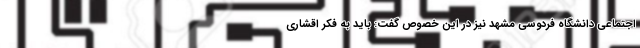
اجتماعی دانشگاه فردوسی مشهد نیز در این خصوص گفت: باید به فکر اقشاری